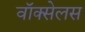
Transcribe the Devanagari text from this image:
वॉक्सेलस